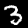
Label: 3